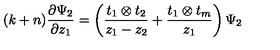
( k + n ) \frac { \partial \Psi _ { 2 } } { \partial z _ { 1 } } = \left( \frac { t _ { 1 } \otimes t _ { 2 } } { z _ { 1 } - z _ { 2 } } + \frac { t _ { 1 } \otimes t _ { m } } { z _ { 1 } } \right) \Psi _ { 2 }